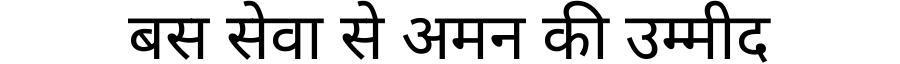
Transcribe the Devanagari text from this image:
बस सेवा से अमन की उम्मीद